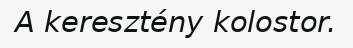
A keresztény kolostor.